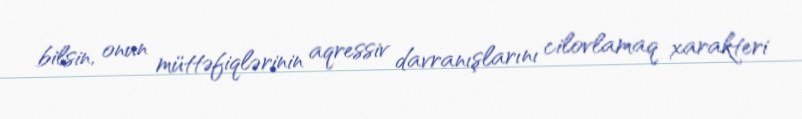
bilsin, onun müttəfiqlərinin aqressiv davranışlarını cilovlamaq xarakteri